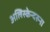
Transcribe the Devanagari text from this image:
अलिस्केन्दरुना